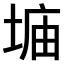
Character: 𫮂